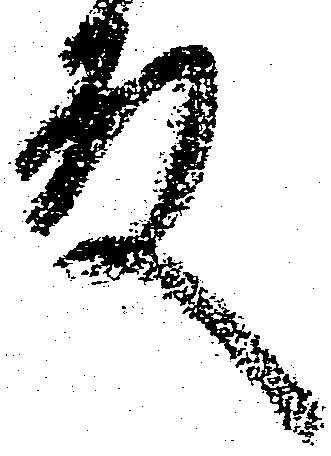
殿